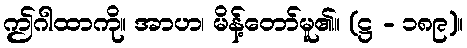
ဤဂါထာကို။ အာဟ၊ မိန့်တော်မူ၏။ (ဋ္ဌ - ၁၈၉)။